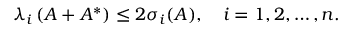
\lambda _ { i } \left( A + A ^ { * } \right) \leq 2 \sigma _ { i } ( A ) , \quad i = 1 , 2 , \ldots , n .